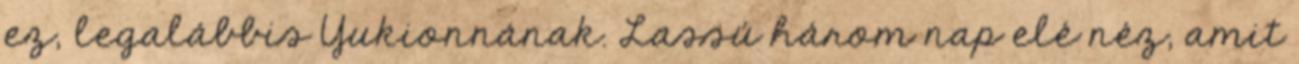
ez, legalábbis Yukionnának. Lassú három nap elé néz, amit